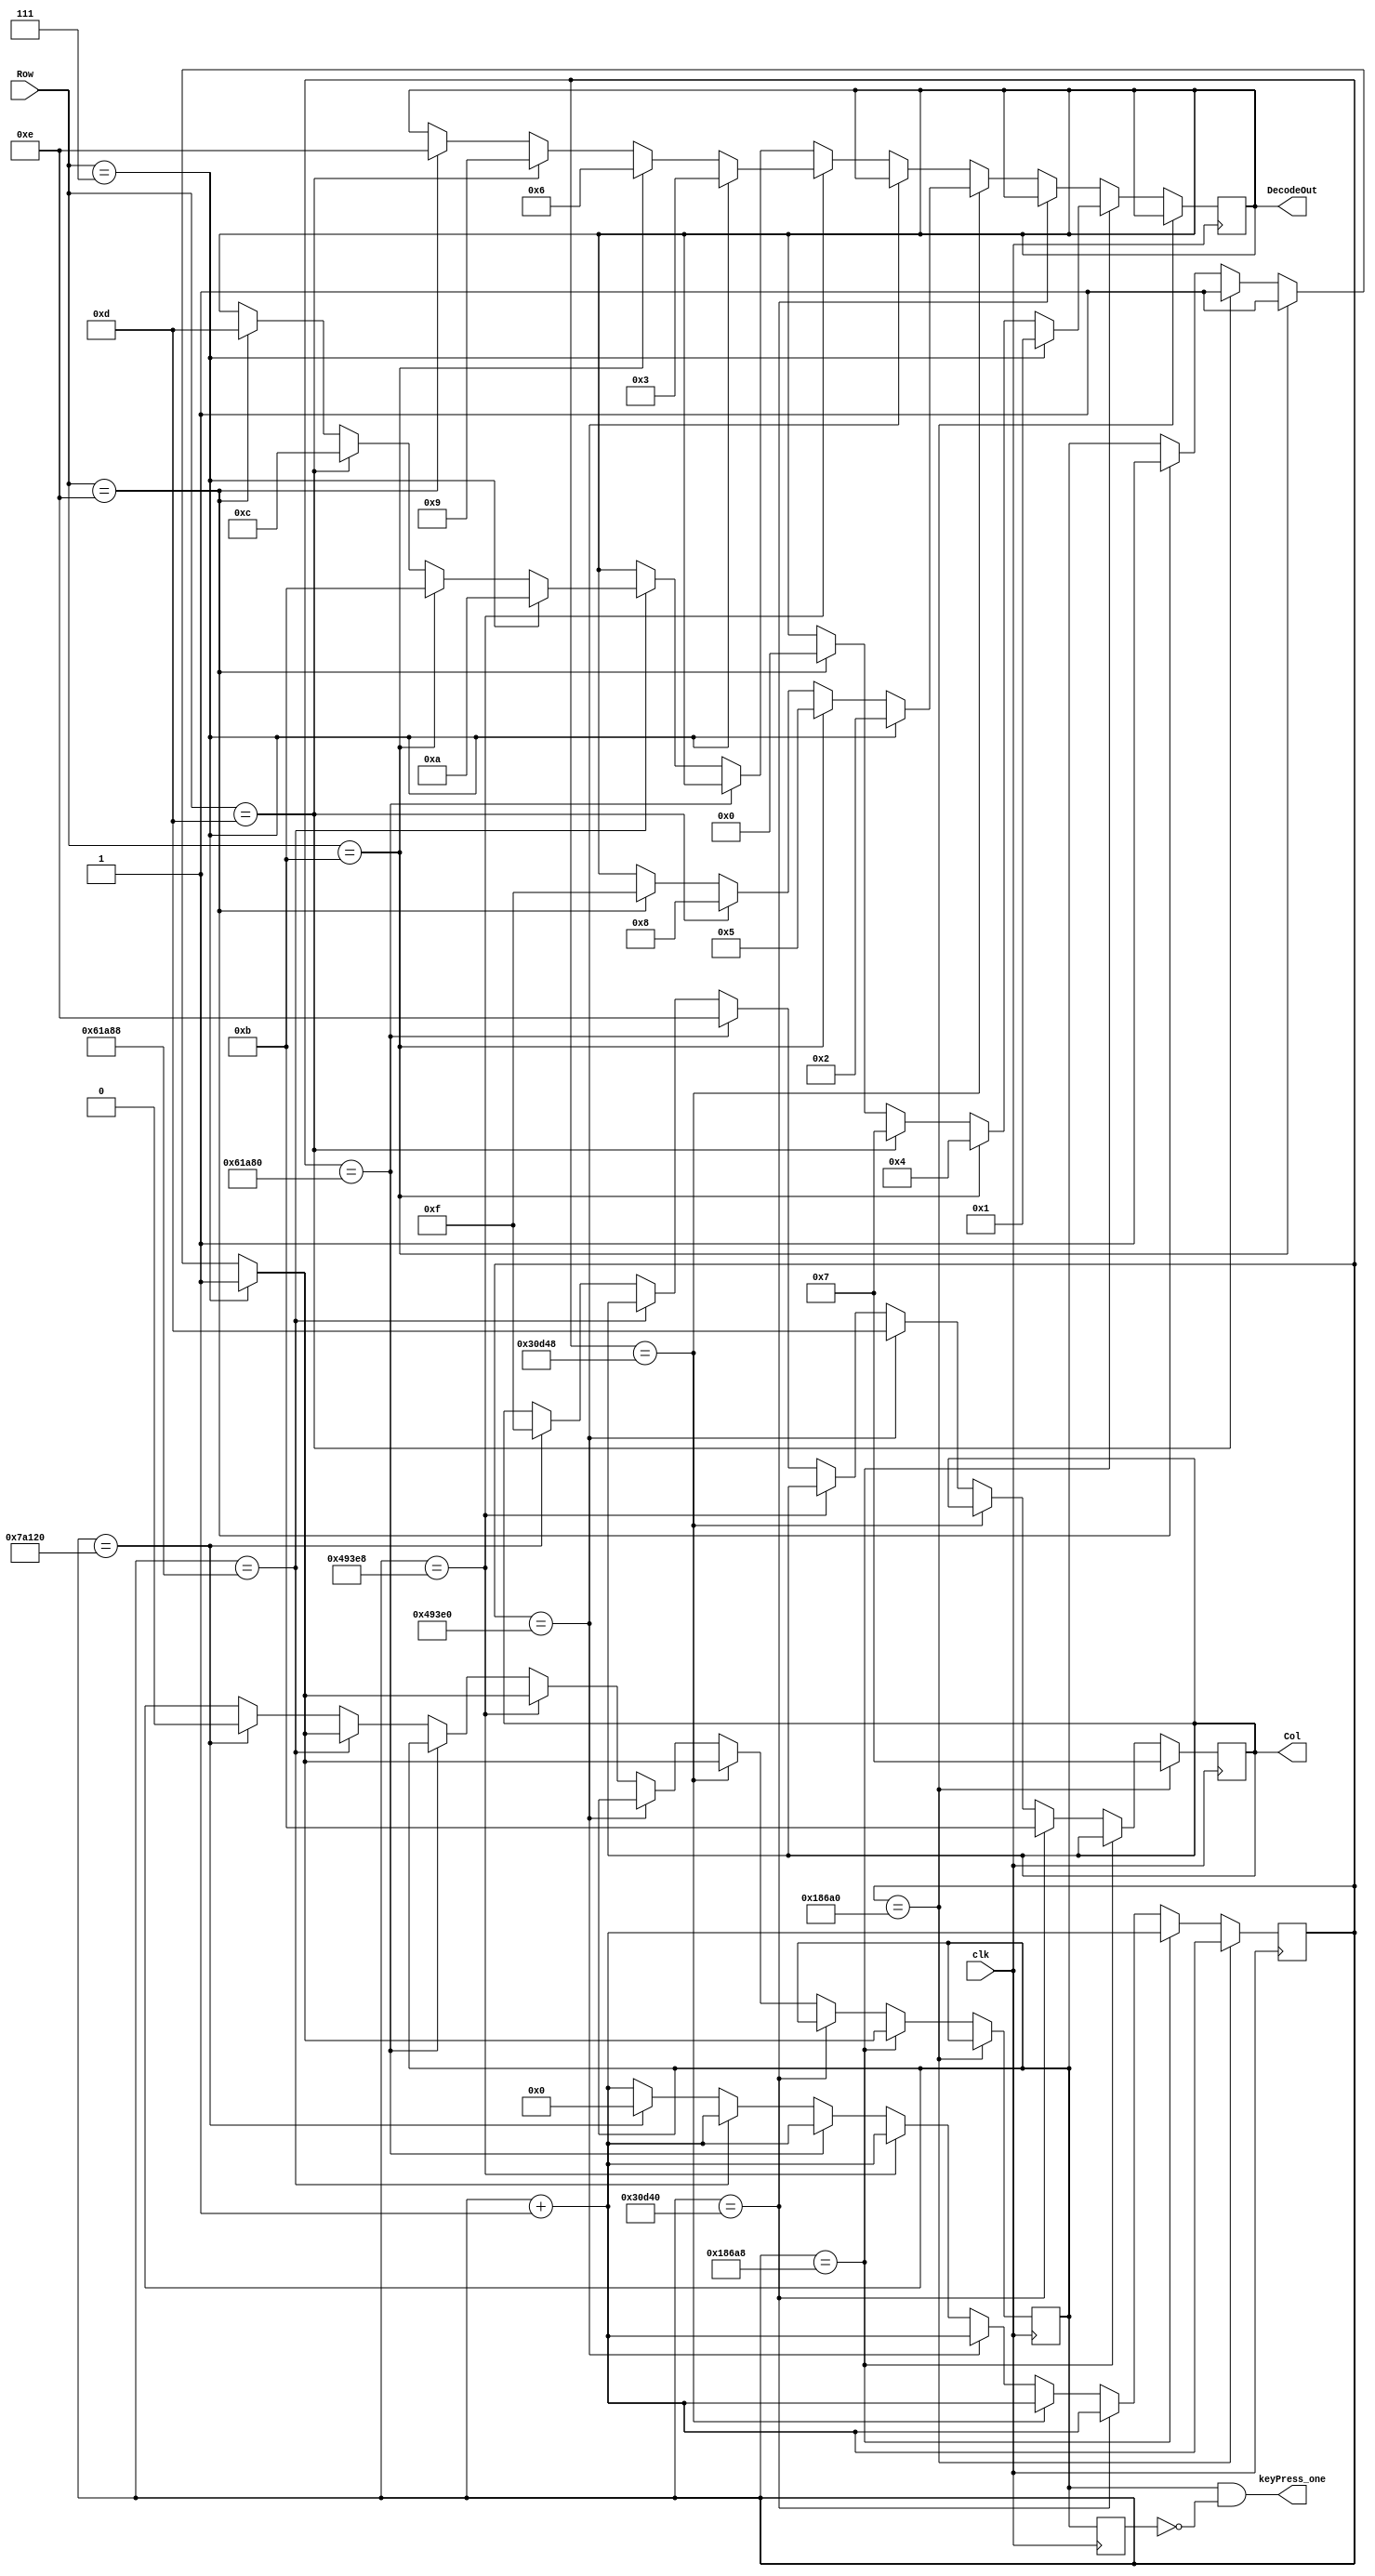
`timescale 1ns / 1ps
//////////////////////////////////////////////////////////////////////////////////////////////////////////
// Company: Digilent Inc 2011
//				 Josh Sackos
//
// Module Name:    Decoder
// Project Name:   PmodKYPD_Demo
// Target Devices: Nexys3
// Tool versions:  Xilinx ISE 14.1 
// Description: This file defines a component Decoder for the demo project PmodKYPD. The Decoder scans
//					 each column by asserting a low to the pin corresponding to the column at 1KHz. After a
//					 column is asserted low, each row pin is checked. When a row pin is detected to be low,
//					 the key that was pressed could be determined.
//
// Revision History: 
// 						Revision 0.01 - File Created (Michelle Yu)
//							Revision 0.02 - Converted from VHDL to Verilog (Josh Sackos)
//////////////////////////////////////////////////////////////////////////////////////////////////////////

// ==============================================================================================
// 												Define Module
// ==============================================================================================
module Kypd_decoder #(parameter SIMULATING = 0)(
    clk,
    Row,
    Col,
    DecodeOut,
    keyPress_one
    );

// ==============================================================================================
// 											Port Declarations
// ==============================================================================================
    input clk;						// 100MHz onboard clock
    input [3:0] Row;				// Rows on KYPD
    output [3:0] Col;			// Columns on KYPD
    output [3:0] DecodeOut;	// Output data
    output keyPress_one;      // Single pulse when a key is pressed

// ==============================================================================================
// 							  		Parameters, Regsiters, and Wires
// ==============================================================================================
	
	// Output wires and registers
	reg [3:0] Col;
	reg [3:0] DecodeOut;
	
	// Count register
	reg [(SIMULATING ? 3 : 19):0] sclk;
	
	// Key press pulse registers
	reg keyPress, keyPress_tm1, keyPress_one;

// ==============================================================================================
// 												Implementation
// ==============================================================================================

   initial begin
      DecodeOut = 4'h0;
      keyPress_tm1 = 1'b0;
      keyPress_one = 1'b0;
      keyPress     = 1'b0;
      Col = 4'b0111;
      sclk = 4'h0;
   end
   
	always @(posedge clk) begin

			// 1ms
			if (sclk == (SIMULATING ? 4'h1 : 20'b00011000011010100000)) begin
				//C1
				Col <= 4'b0111;
				sclk <= sclk + 1'b1;
			end
			
			// check row pins
			else if(sclk == (SIMULATING ? 4'h2 : 20'b00011000011010101000)) begin
				//R1
				if (Row == 4'b0111) begin
					DecodeOut <= 4'b0001;		//1
					keyPress <= 1'b1;
				end
				//R2
				else if(Row == 4'b1011) begin
					DecodeOut <= 4'b0100; 		//4
					keyPress <= 1'b1;
				end
				//R3
				else if(Row == 4'b1101) begin
					DecodeOut <= 4'b0111; 		//7
					keyPress <= 1'b1;
				end
				//R4
				else if(Row == 4'b1110) begin
					DecodeOut <= 4'b0000; 		//0
					keyPress <= 1'b1;
				end
				sclk <= sclk + 1'b1;
			end

			// 2ms
			else if(sclk == (SIMULATING ? 4'h3 : 20'b00110000110101000000)) begin
				//C2
				Col<= 4'b1011;
				sclk <= sclk + 1'b1;
			end
			
			// check row pins
			else if(sclk == (SIMULATING ? 4'h4 : 20'b00110000110101001000)) begin
				//R1
				if (Row == 4'b0111) begin
					DecodeOut <= 4'b0010; 		//2
					keyPress <= 1'b1;
				end
				//R2
				else if(Row == 4'b1011) begin
					DecodeOut <= 4'b0101; 		//5
					keyPress <= 1'b1;
				end
				//R3
				else if(Row == 4'b1101) begin
					DecodeOut <= 4'b1000; 		//8
					keyPress <= 1'b1;
				end
				//R4
				else if(Row == 4'b1110) begin
					DecodeOut <= 4'b1111; 		//F
					keyPress <= 1'b1;
				end
				sclk <= sclk + 1'b1;
			end

			//3ms
			else if(sclk == (SIMULATING ? 4'h5 : 20'b01001001001111100000)) begin
				//C3
				Col<= 4'b1101;
				sclk <= sclk + 1'b1;
			end
			
			// check row pins
			else if(sclk == (SIMULATING ? 4'h6 : 20'b01001001001111101000)) begin
				//R1
				if(Row == 4'b0111) begin
					DecodeOut <= 4'b0011; 		//3	
					keyPress <= 1'b1;
				end
				//R2
				else if(Row == 4'b1011) begin
					DecodeOut <= 4'b0110; 		//6
					keyPress <= 1'b1;
				end
				//R3
				else if(Row == 4'b1101) begin
					DecodeOut <= 4'b1001; 		//9
					keyPress <= 1'b1;
				end
				//R4
				else if(Row == 4'b1110) begin
					DecodeOut <= 4'b1110; 		//E
					keyPress <= 1'b1;
				end

				sclk <= sclk + 1'b1;
			end

			//4ms
			else if(sclk == (SIMULATING ? 4'h7 : 20'b01100001101010000000)) begin
				//C4
				Col<= 4'b1110;
				sclk <= sclk + 1'b1;
			end

			// Check row pins
			else if(sclk == (SIMULATING ? 4'h8 : 20'b01100001101010001000)) begin
				//R1
				if(Row == 4'b0111) begin
					DecodeOut <= 4'b1010; //A
					keyPress <= 1'b1;
				end
				//R2
				else if(Row == 4'b1011) begin
					DecodeOut <= 4'b1011; //B
					keyPress <= 1'b1;
				end
				//R3
				else if(Row == 4'b1101) begin
					DecodeOut <= 4'b1100; //C
					keyPress <= 1'b1;
				end
				//R4
				else if(Row == 4'b1110) begin
					DecodeOut <= 4'b1101; //D
					keyPress <= 1'b1;
				end
				
				sclk <= sclk + 1'b1;
				
//				sclk <= (SIMULATING ? 4'h0 : 20'b00000000000000000000);
				
//            // reset because no key is being pressed
//            keyPress <= 1'b0;
			end
			
			//5ms
			else if (sclk == (SIMULATING ? 4'h9 : 20'b1111010000100100000)) begin
			   Col <= 4'b1111;
				sclk <= (SIMULATING ? 4'h0 : 20'b00000000000000000000);
				
            // reset because no key is being pressed
            keyPress <= 1'b0;
			end

			// Otherwise increment
			else begin
				sclk <= sclk + 1'b1;
			end
	end

   // send a pulse the length of the clk when any key was pressed
   always@ (keyPress_tm1, keyPress) keyPress_one = keyPress && !keyPress_tm1;
   always@ (posedge clk) keyPress_tm1 <= keyPress;
   
endmodule